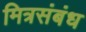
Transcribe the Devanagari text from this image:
मित्रसंबंध